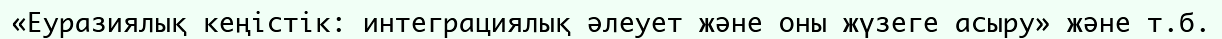
«Еуразиялық кеңістік: интеграциялық әлеует және оны жүзеге асыру» және т.б.